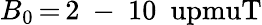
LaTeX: B_{\mathrm{0}}\, {=}\, 2\mathrm{~-~}10~\mathrm{\ upmuT}